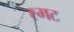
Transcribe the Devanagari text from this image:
स्मट